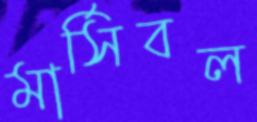
মার্সিবল